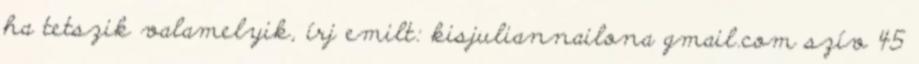
ha tetszik valamelyik, írj emilt: kisjuliannailona gmail.com szív 45